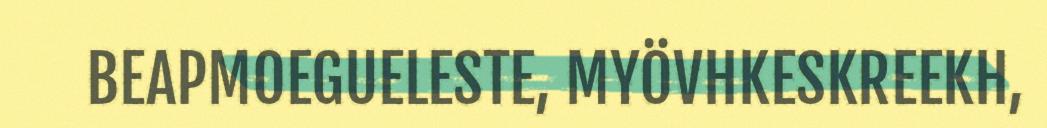
BEAPMOEGUELESTE, MYÖVHKESKREEKH,